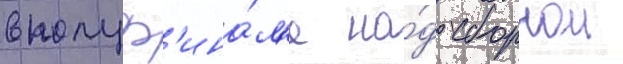
в полуф'ина́л'е на́д сборнои